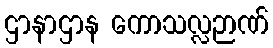
ဌာနာဌာန ကောသလ္လဉာဏ်